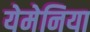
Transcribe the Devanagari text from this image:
येमेनिया